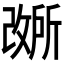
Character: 𫿐